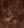
إن